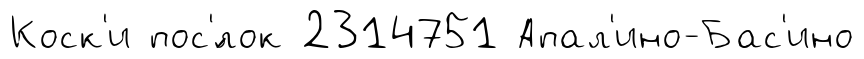
Коск'и пос'́лок 2314751 Апал'ино-Бас'ино